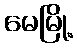
မေမြို့